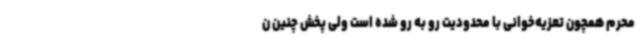
محرم همچون تعزیه‌خوانی با محدودیت رو به رو شده است ولی پخش چنین ن